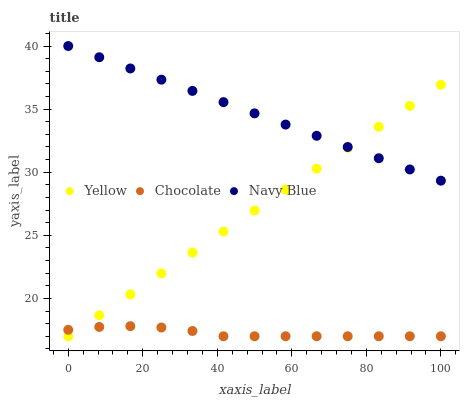
| xaxis_label | Yellow | Chocolate | Navy Blue |
 | --- | --- | --- | --- |
 | 0 | 17 | 17.5 | 40 |
 | 8.33 | 18.7 | 17.7 | 39.1 |
 | 16.7 | 20.3 | 17.8 | 38.2 |
 | 25 | 22 | 17.7 | 37.3 |
 | 33.3 | 23.6 | 17.4 | 36.4 |
 | 41.7 | 25.3 | 17 | 35.6 |
 | 50 | 27 | 17 | 34.7 |
 | 58.3 | 28.6 | 17 | 33.8 |
 | 66.7 | 30.3 | 17 | 32.9 |
 | 75 | 31.9 | 17 | 32 |
 | 83.3 | 33.6 | 17 | 31.1 |
 | 91.7 | 35.3 | 17 | 30.2 |
 | 100 | 36.9 | 17 | 29.3 |